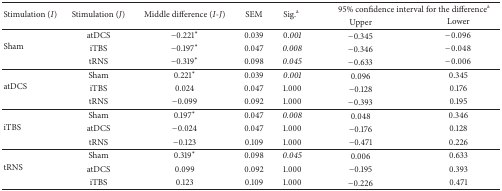
<table><thead><tr><td rowspan="2"><b>Stimulation (<i>I</i> )</b></td><td rowspan="2"><b>Stimulation (<i>J</i> )</b></td><td rowspan="2"><b>Middle difference (<i>I</i>-<i>J</i> )</b></td><td rowspan="2"><b>SEM</b></td><td rowspan="2"><b>Sig.<sup>a</sup></b></td><td colspan="2"><b>95% confidence interval for the difference<sup>a</sup></b></td></tr><tr><td><b>Upper </b></td><td><b>Lower </b></td></tr></thead><tbody><tr><td rowspan="3">Sham</td><td>atDCS</td><td>−0.221*</td><td>0.039</td><td>0.<i>001 </i></td><td>−0.345</td><td>−0.096</td></tr><tr><td>iTBS</td><td>−0.197*</td><td>0.047</td><td><i>0.008 </i></td><td>−0.346</td><td>−0.048</td></tr><tr><td>tRNS</td><td>−0.319*</td><td>0.098</td><td><i>0.045 </i></td><td>−0.633</td><td>−0.006</td></tr><tr><td rowspan="3">atDCS</td><td>Sham</td><td>0.221*</td><td>0.039</td><td><i>0.001 </i></td><td>0.096</td><td>0.345</td></tr><tr><td>iTBS</td><td>0.024</td><td>0.047</td><td>1.000</td><td>−0.128</td><td>0.176</td></tr><tr><td>tRNS</td><td>−0.099</td><td>0.092</td><td>1.000</td><td>−0.393</td><td>0.195</td></tr><tr><td rowspan="3">iTBS</td><td>Sham</td><td>0.197*</td><td>0.047</td><td><i>0.008 </i></td><td>0.048</td><td>0.346</td></tr><tr><td>atDCS</td><td>−0.024</td><td>0.047</td><td>1.000</td><td>−0.176</td><td>0.128</td></tr><tr><td>tRNS</td><td>−0.123</td><td>0.109</td><td>1.000</td><td>−0.471</td><td>0.226</td></tr><tr><td rowspan="3">tRNS</td><td>Sham</td><td>0.319*</td><td>0.098</td><td><i>0.045 </i></td><td>0.006</td><td>0.633</td></tr><tr><td>atDCS</td><td>0.099</td><td>0.092</td><td>1.000</td><td>−0.195</td><td>0.393</td></tr><tr><td>iTBS</td><td>0.123</td><td>0.109</td><td>1.000</td><td>−0.226</td><td>0.471</td></tr></tbody></table>